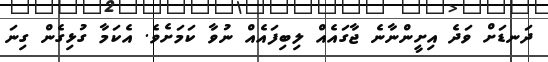
ދަނޑަށް ވަދެ އިށީންނާނެ ޖާގައެއް ލިބިފައެއް ނުވާ ކަމަށެވެ. އެކަމާ ގުޅިގެން ގިނަ